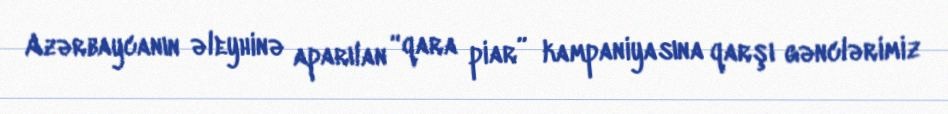
Azərbaycanın əleyhinə aparılan “qara piar” kampaniyasına qarşı gənclərimiz